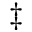
^ \ddagger